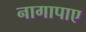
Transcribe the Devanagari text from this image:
नागापाए